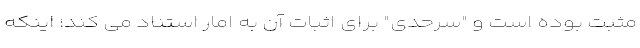
مثبت بوده است و "سرحدی" برای اثبات آن به امار استناد می کند؛ اینکه